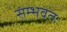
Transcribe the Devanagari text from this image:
संम्भवतः